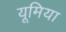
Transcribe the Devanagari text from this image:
यूमिया